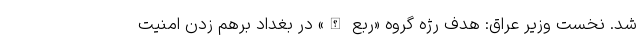
شد. نخست وزیر عراق: هدف رژه گروه «ربع الله» در بغداد برهم زدن امنیت